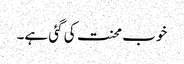
خوب محنت کی گئی ہے۔